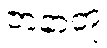
ဇာနာတု